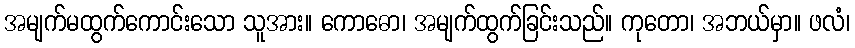
အမျက်မထွက်ကောင်းသော သူအား။ ကောဓော၊ အမျက်ထွက်ခြင်းသည်။ ကုတော၊ အဘယ်မှာ။ ဖလံ၊